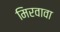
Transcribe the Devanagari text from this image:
मिरवावा